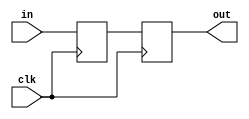
module sync_signal (
    input wire clk,
    input wire [WIDTH-1:0] in,
    output wire [WIDTH-1:0] out
);

parameter WIDTH=1; // width of the input and output signals

reg [WIDTH-1:0] sync0_reg = {WIDTH{1'b0}};
reg [WIDTH-1:0] sync1_reg = {WIDTH{1'b0}};

/*
 * The synchronized output is the last register in the pipeline.
 */
assign out = sync1_reg;

always @(posedge clk) begin
    sync0_reg <= in;
    sync1_reg <= sync0_reg;
end

endmodule